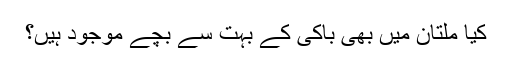
کیا ملتان میں بھی باکی کے بہت سے بچے موجود ہیں؟